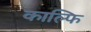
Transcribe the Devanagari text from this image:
काल्फि